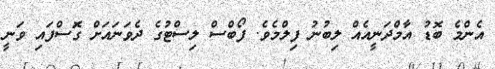
އެންމެ ބޮޑު އާމްދަނީއެއް ލިބުނު ފިލްމެވެ. ފޯބްސް ލިސްޓުގެ ދެވަނައަށް ގޮަސްފައި ވަނީ